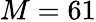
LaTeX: M=61